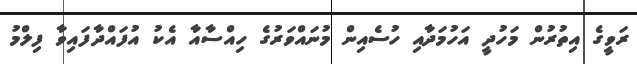
ރަވީގެ އިތުރުން މަހުދީ އަހުމަދާއި ހުސެއިން މުނައްވަރުގެ ހިއްސާއާ އެކު އުފައްދާފައިވާ ފިލްމު